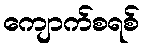
ကျောက်စရစ်